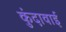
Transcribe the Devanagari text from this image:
कुंदावाई